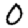
Digit: 0